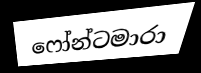
ෆෝන්ටමාරා